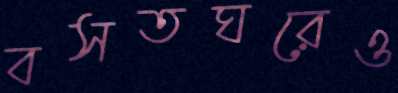
বসতঘরেও